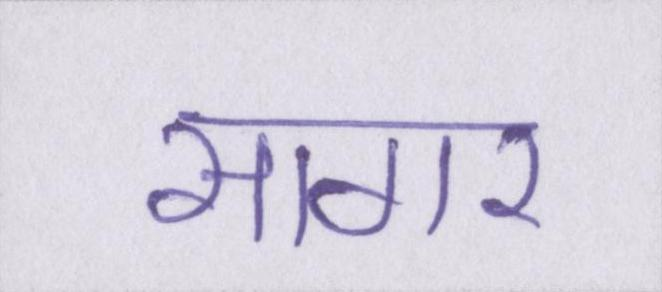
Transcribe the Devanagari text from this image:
सागर